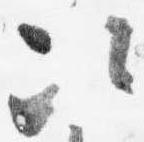
次